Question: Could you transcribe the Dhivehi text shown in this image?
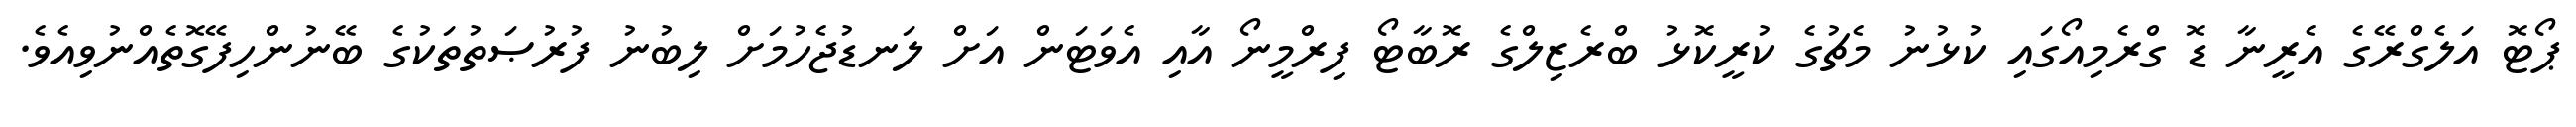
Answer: ޕޯޓޮ އަލެގްރޭގެ އެރީނާ ޑޮ ގްރެމިއޯގައި ކުޅުނު މެޗުގެ ކުރީކޮޅު ބްރެޒިލްގެ ރޮބާޓޯ ފިރްމީނޯ އާއި އެވަޓަން އަށް ލަނޑުޖެހުމަށް ލިބުނު ފުރުޞަތުތަކުގެ ބޭނުންހިފޭގޮތެއްނުވިއެވެ.